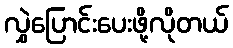
လွှဲပြောင်းပေးဖို့လိုတယ်